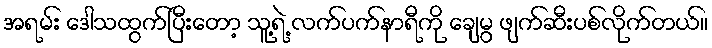
အရမ်း ဒေါသထွက်ပြီးတော့ သူ့ရဲ့ လက်ပက်နာရီကို ချေမွ ဖျက်ဆီးပစ်လိုက်တယ်။